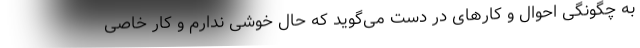
به چگونگی احوال و کارهای در دست می‌گوید که حال خوشی ندارم و کار خاصی